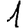
Digit: 1